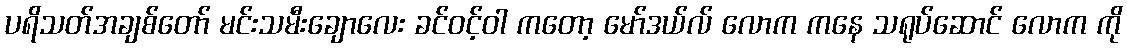
ပရိသတ်အချစ်တော် မင်းသမီးချောလေး ခင်ဝင့်ဝါ ကတော့ မော်ဒယ်လ် လောက ကနေ သရုပ်ဆောင် လောက ကို